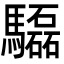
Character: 𩧍